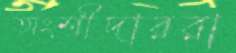
অংশীদাররা